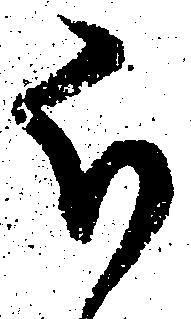
被